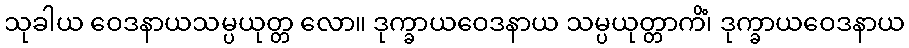
သုခါယ ဝေဒနာယသမ္ပယုတ္တ လော။ ဒုက္ခာယဝေဒနာယ သမ္ပယုတ္တာကိံ၊ ဒုက္ခာယဝေဒနာယ